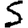
Digit: 5